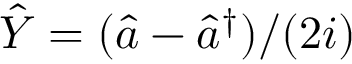
\hat { Y } = ( \hat { a } - \hat { a } ^ { \dagger } ) / ( 2 i )